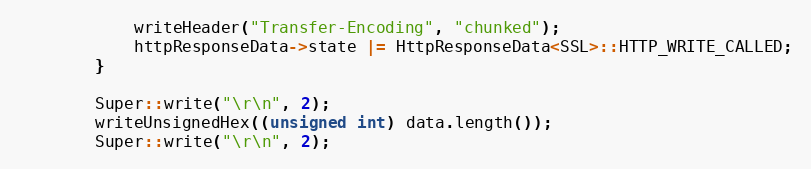
Language: C
            writeHeader("Transfer-Encoding", "chunked");
            httpResponseData->state |= HttpResponseData<SSL>::HTTP_WRITE_CALLED;
        }

        Super::write("\r\n", 2);
        writeUnsignedHex((unsigned int) data.length());
        Super::write("\r\n", 2);